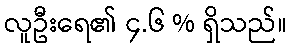
လူဦးရေ၏ ၄.၆ % ရှိသည်။